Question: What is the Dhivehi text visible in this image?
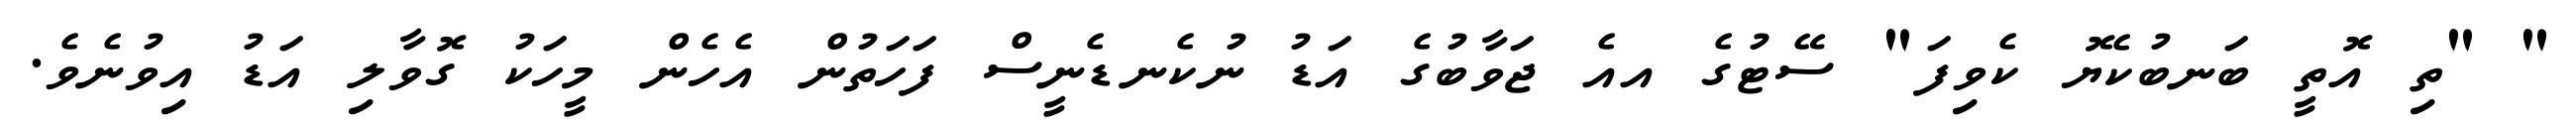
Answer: " "ތި އޮތީ ބަނބުކެޔޮ ކެވިފަ" ސޭޓުގެ އއެ ޖަވާބުގެ އަޑު ނުކެނޑެނީސް ފަހަތުން އެހެން މީހަކު ގޮވާލި އަޑު އިވުނެވެ.